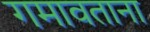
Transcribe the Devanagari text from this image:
गमावताना